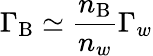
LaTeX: \Gamma_{\mathrm{B}}\simeq\frac{n_{\mathrm{B}}}{n_{w}}\Gamma_{w}